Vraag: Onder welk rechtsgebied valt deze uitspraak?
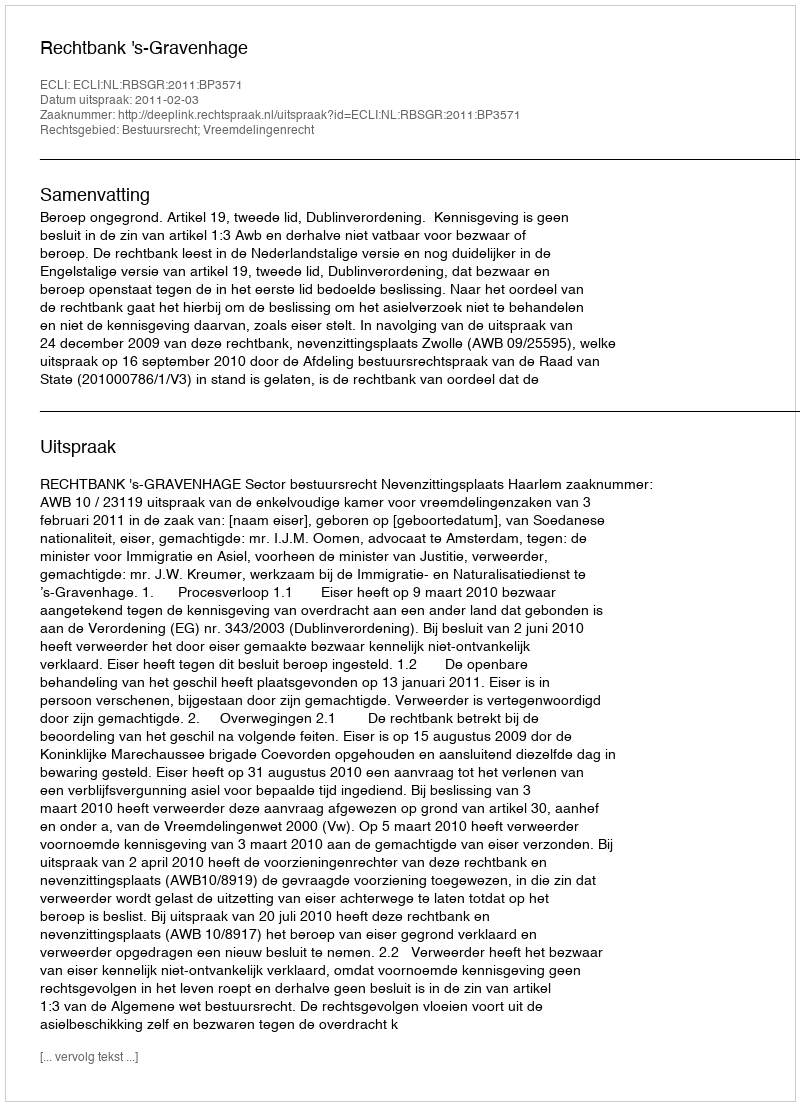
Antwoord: Bestuursrecht; Vreemdelingenrecht